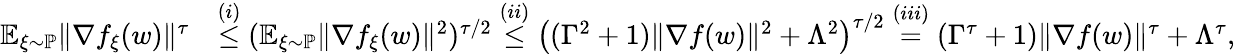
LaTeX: \begin{array}{rl}{\mathbb{E}_{\xi\sim\mathbb{P}}\| \nabla f_{\xi}(w)\| ^{\tau}}&{\overset{(i)}{\le}(\mathbb{E}_{\xi\sim\mathbb{P}}\| \nabla f_{\xi}(w)\| ^{2})^{\tau/2}\overset{(ii)}{\le}\big((\Gamma^{2}+1)\| \nabla f(w)\| ^{2}+\Lambda^{2}\big)^{\tau/2}\overset{(iii)}{=}(\Gamma^{\tau}+1)\| \nabla f(w)\| ^{\tau}+\Lambda^{\tau},}\end{array}